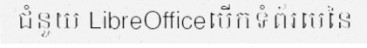
ជំនួយ LibreOfficeបើកទំព័រមេនៃ